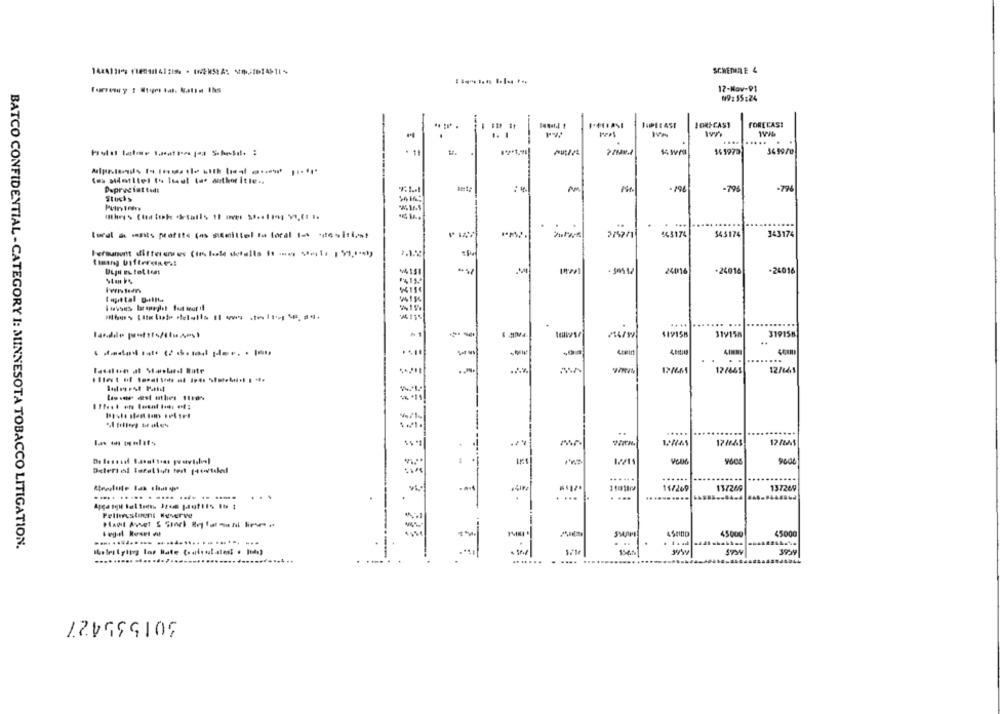
SCHEDERE 4
12-Nov-91
09:35:24
IORICAST
FORECAST
-
....
3499/0
. 11
14 9979
(ms Mmtitel to Isset ta" author itle ..
Daprvefat ted:
- 196
-796
-726
Stocks
lødl & mnts profite (ms smittel to toral ta -tesitis!
443174
$43174
343174
keresett diferentes (im hote scrolls is not stepla 1 87,1-01)
24016
-24016
-24018
tapetal gallla
Itysus Barapeghet fut tour if
.
....
......
nuw
419158
319158
319156
..
...
17/665
12/641
.....
....
12/A$
9604
Deleri el Iaral luft tert (4/tilal
. -
......
......
11/269
137266
137269
.... ..... . .... .... .. ..
...
. ...
Felloustoen: Keverve
45000
$5000
.... ......... .
.. ......
BATCO CONFIDENTIAL - CATEGORY I: MINNESOTA TOBACCO LITIGATION.
.... ..... .......
..............
.......
.... .....